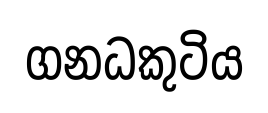
ගනධකුටිය